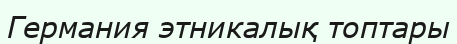
Германия этникалық топтары